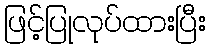
ဖြင့်ပြုလုပ်ထားပြီး